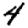
Digit: 4